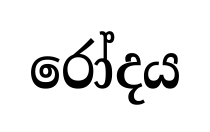
රෝදය